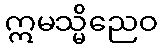
ဣမသ္မိညေဝ